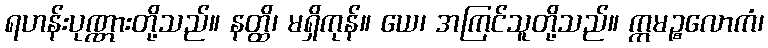
ရဟန်းပုဏ္ဏားတို့သည်။ နတ္ထိ၊ မရှိကုန်။ ယေ၊ အကြင်သူတို့သည်။ ဣမဉ္စလောကံ၊